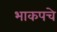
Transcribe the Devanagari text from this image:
भाकपचे